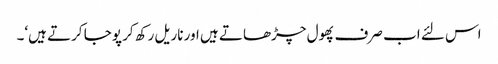
اس لئے اب صرف پھول چڑھاتے ہیں اور ناریل رکھ کر پوجا کرتے ہیں‘۔